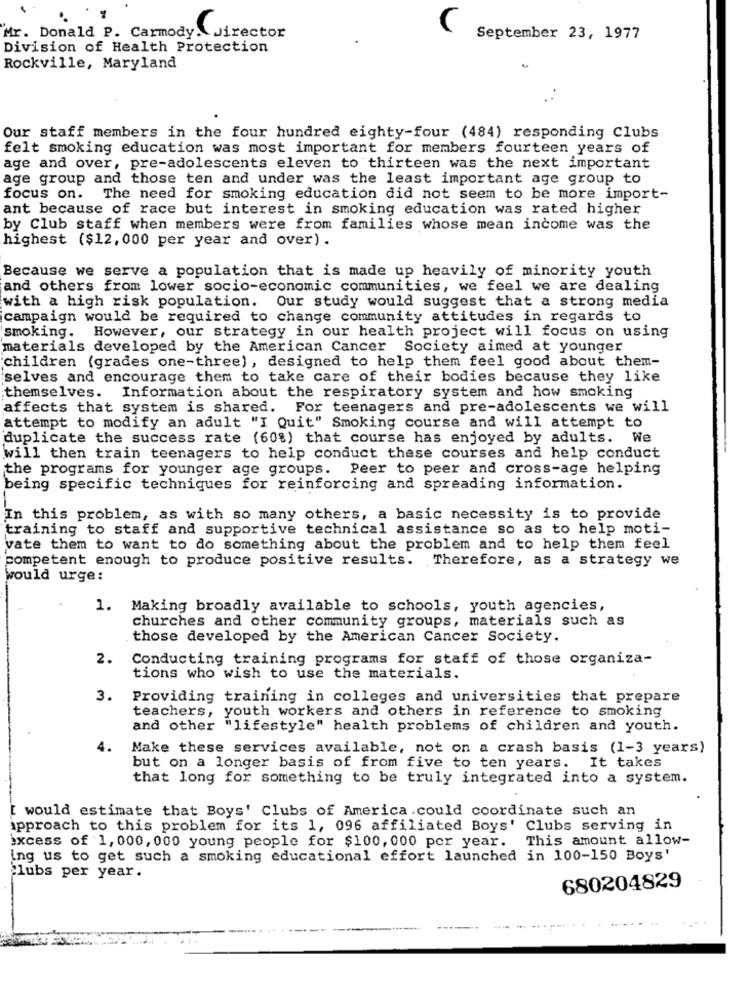
Mr. Donald P. Carmody. Jirector
(
September 23, 1977
Division of Health Protection
Rockville, Maryland
Our staff members in the four hundred eighty-four (484) responding Clubs
felt smoking education was most important for members fourteen years of
age and over, pre-adolescents eleven to thirteen was the next important
age group and those ten and under was the least important age group to
focus on.
The need for smoking education did not seem to be more import-
ant because of race but interest in smoking education was rated higher
by Club staff when members were from families whose mean income was the
highest ($12,000 per year and over) .
Because we serve a population that is made up heavily of minority youth
and others from lower socio-economic communities, we feel we are dealing
with a high risk population. Our study would suggest that a strong media
campaign would be required to change community attitudes in regards to
smoking. However, our strategy in our health project will focus on using
materials developed by the American Cancer Society aimed at younger
children (grades one-three), designed to help them feel good about them-
selves and encourage them to take care of their bodies because they like
themselves. Information about the respiratory system and how smoking
affects that system is shared. For teenagers and pre-adolescents we will
attempt to modify an adult "I Quit" Smoking course and will attempt to
duplicate the success rate (60%) that course has enjoyed by adults. We
will then train teenagers to help conduct these courses and help conduct
the programs for younger age groups. Peer to peer and cross-age helping
being specific techniques for reinforcing and spreading information.
In this problem, as with so many others, a basic necessity is to provide
training to staff and supportive technical assistance so as to help moti-
vate them to want to do something about the problem and to help them feel
competent enough to produce positive results. Therefore, as a strategy we
would urge:
1. Making broadly available to schools, youth agencies,
churches and other community groups, materials such as
those developed by the American Cancer Society.
2.
Conducting training programs for staff of those organiza-
tions who wish to use the materials.
3.
Providing training in colleges and universities that prepare
teachers, youth workers and others in reference to smoking
and other "lifestyle" health problems of children and youth.
4.
Make these services available, not on a crash basis (1-3 years)
but on a longer basis of from five to ten years. It takes
that long for something to be truly integrated into a system.
[ would estimate that Boys' Clubs of America .could coordinate such an
approach to this problem for its 1, 096 affiliated Boys' Clubs serving in
Excess of 1, 000, 000 young people for $100, 000 per year. This amount allow-
ing us to get such a smoking educational effort launched in 100-150 Boys'
`lubs per year.
680204829